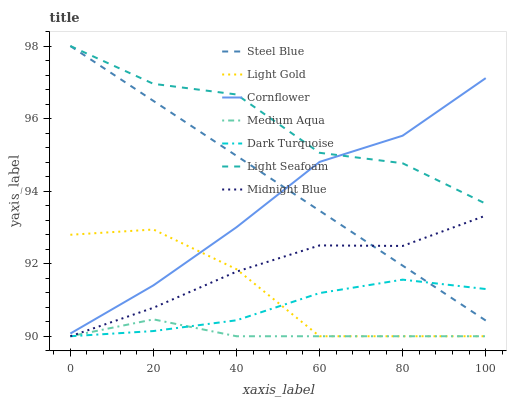
| xaxis_label | Steel Blue | Light Gold | Cornflower | Medium Aqua | Dark Turquoise | Light Seafoam | Midnight Blue |
 | --- | --- | --- | --- | --- | --- | --- | --- |
 | 0 | 98 | 92.8 | 90.1 | 90 | 90 | 98 | 90 |
 | 20 | 96.5 | 92.9 | 91.4 | 90.5 | 90.1 | 97 | 90.8 |
 | 40 | 95 | 91.8 | 93 | 90 | 90.4 | 96.7 | 91.8 |
 | 60 | 93.5 | 90 | 94.8 | 90 | 91.2 | 95.1 | 92.5 |
 | 80 | 91.9 | 90 | 95.5 | 90 | 91.6 | 94.8 | 92.5 |
 | 100 | 90.4 | 90 | 97.1 | 90 | 91.3 | 93.7 | 93.3 |